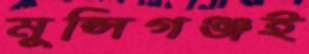
মুন্সিগঞ্জই